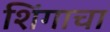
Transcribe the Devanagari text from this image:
शिंगाचा